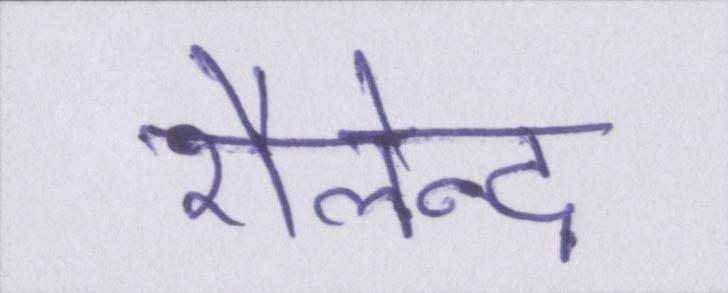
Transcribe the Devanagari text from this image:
शैलेन्द्र